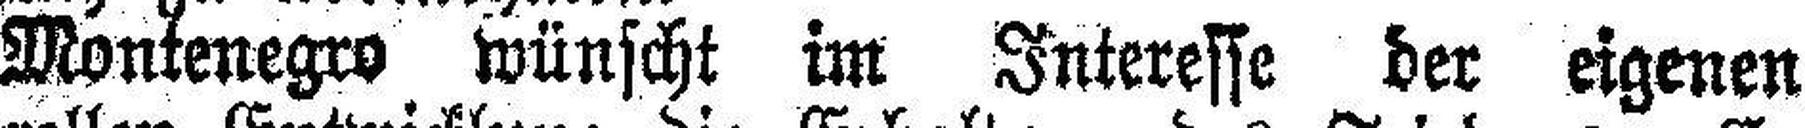
Montenegro wünscht im Interesse der eigenen